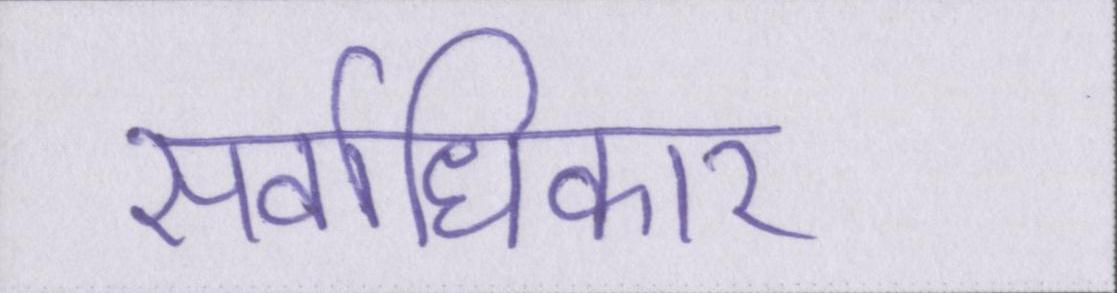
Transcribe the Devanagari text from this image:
सर्वाधिकार